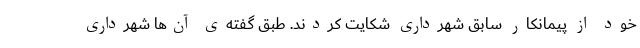
خود از پیمانکار سابقِ شهرداری شکایت کردند. طبق گفته‌ی آن‌ها شهرداری